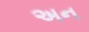
અન